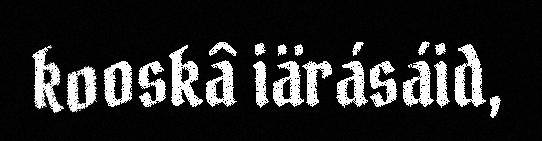
kooskâ iärásáid,